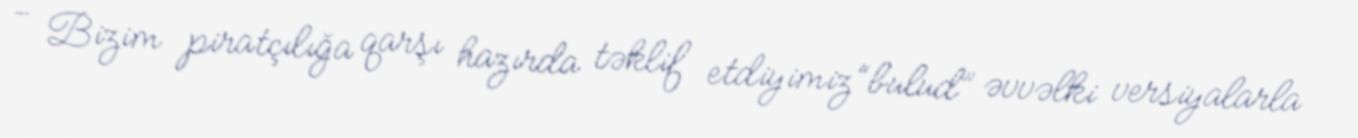
- Bizim piratçılığa qarşı hazırda təklif etdiyimiz “bulud” əvvəlki versiyalarla